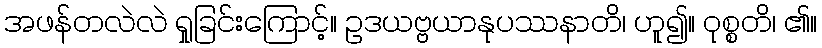
အဖန်တလဲလဲ ရှုခြင်းကြောင့်။ ဥဒယဗ္ဗယာနုပဿနာတိ၊ ဟူ၍။ ဝုစ္စတိ၊ ၏။